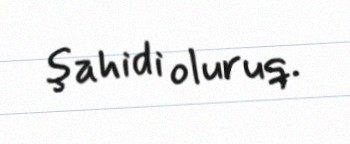
şahidi oluruq.